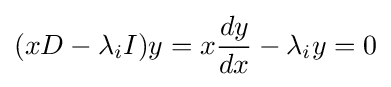
(xD-\lambda _{i}I)y=x{\frac {dy}{dx}}-\lambda _{i}y=0